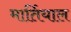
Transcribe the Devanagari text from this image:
मार्तियाल